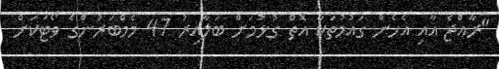
"ރާއްޖެ އާއި އެހެން ގައުމުތަކާ އޮތް ގުޅުމަށް ބަލާއިރު 47 މެމްބަރުންގެ ވޯޓަކަށް